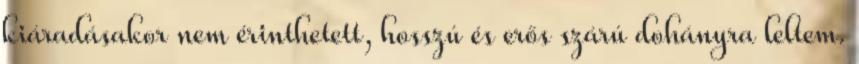
kiáradásakor nem érinthetett, hosszú és erős szárú dohányra leltem.